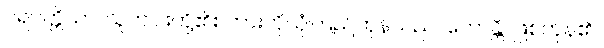
ပရပတ္တိယာ၊ သူတပါးတို့၏စကားကိုယုံကြည်ကုန်သည်။ ဟောန္တိ၊ ဖြစ်ကုန်၏။